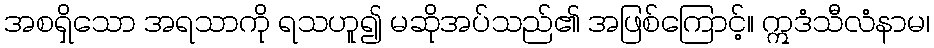
အစရှိသော အရသာကို ရသဟူ၍ မဆိုအပ်သည်၏ အဖြစ်ကြောင့်။ ဣဒံသီလံနာမ၊